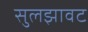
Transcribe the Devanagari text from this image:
सुलझावट